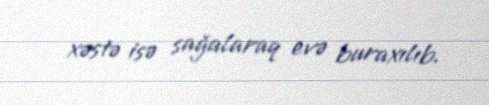
xəstə isə sağalaraq evə buraxılıb.